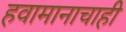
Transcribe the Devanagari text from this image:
हवामानाचाही